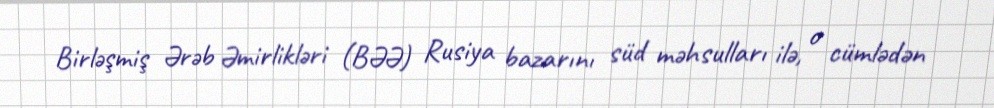
Birləşmiş Ərəb Əmirlikləri (BƏƏ) Rusiya bazarını süd məhsulları ilə, o cümlədən